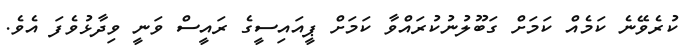
ކުރެވޭނެ ކަމެއް ކަމަށް ގަބޫލުނުކުރައްވާ ކަމަށް ޕީއައިސީގެ ރައީސް ވަނީ ވިދާޅުވެފަ އެވެ.